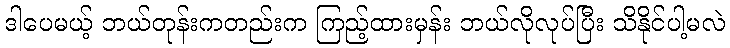
ဒါပေမယ့် ဘယ်တုန်းကတည်းက ကြည့်ထားမှန်း ဘယ်လိုလုပ်ပြီး သိနိုင်ပါ့မလဲ